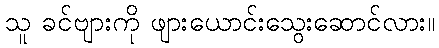
သူ ခင်ဗျားကို ဖျားယောင်းသွေးဆောင်လား။